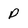
Character: p